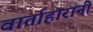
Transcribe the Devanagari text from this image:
वार्ताहारानी